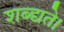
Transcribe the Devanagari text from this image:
शब्द्यते।